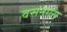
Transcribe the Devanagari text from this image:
वसनगरा